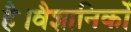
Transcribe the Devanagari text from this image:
है।वैज्ञानिकों